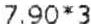
7.90*3